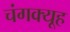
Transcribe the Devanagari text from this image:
चंगक्यूह